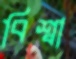
বিশ্বা